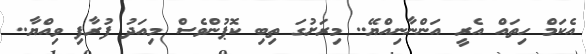
އެކަމް ހިތައް އެރީ އަންނާނިއްޔޭ.. މިރަށުގަ ތިބި ކޮޕުންވެސް މިއަދު ފުރާފި ވިއްޔާ..